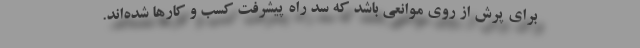
برای پرش از روی موانعی باشد که سد راه پیشرفت کسب و کارها شده‌اند.